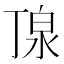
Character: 𪵿